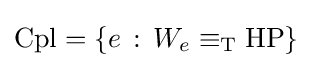
\mathrm {Cpl} =\{e\,:\,W_{e}\equiv _{\mathrm {T} }\mathrm {HP} \}